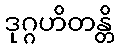
ဒုဂ္ဂဟိတန္တိ